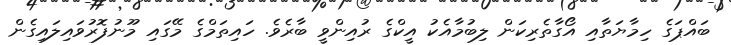
ބައްޕަގެ ހިމާޔަތާއި އޯގާތެރިކަން ލިބުމާއެކު އީކްގެ ރުއިންވީ ބާރެވެ. ހައިތަމްގެ މޭގައި މޫނުފޮރުވައިލައިގެން